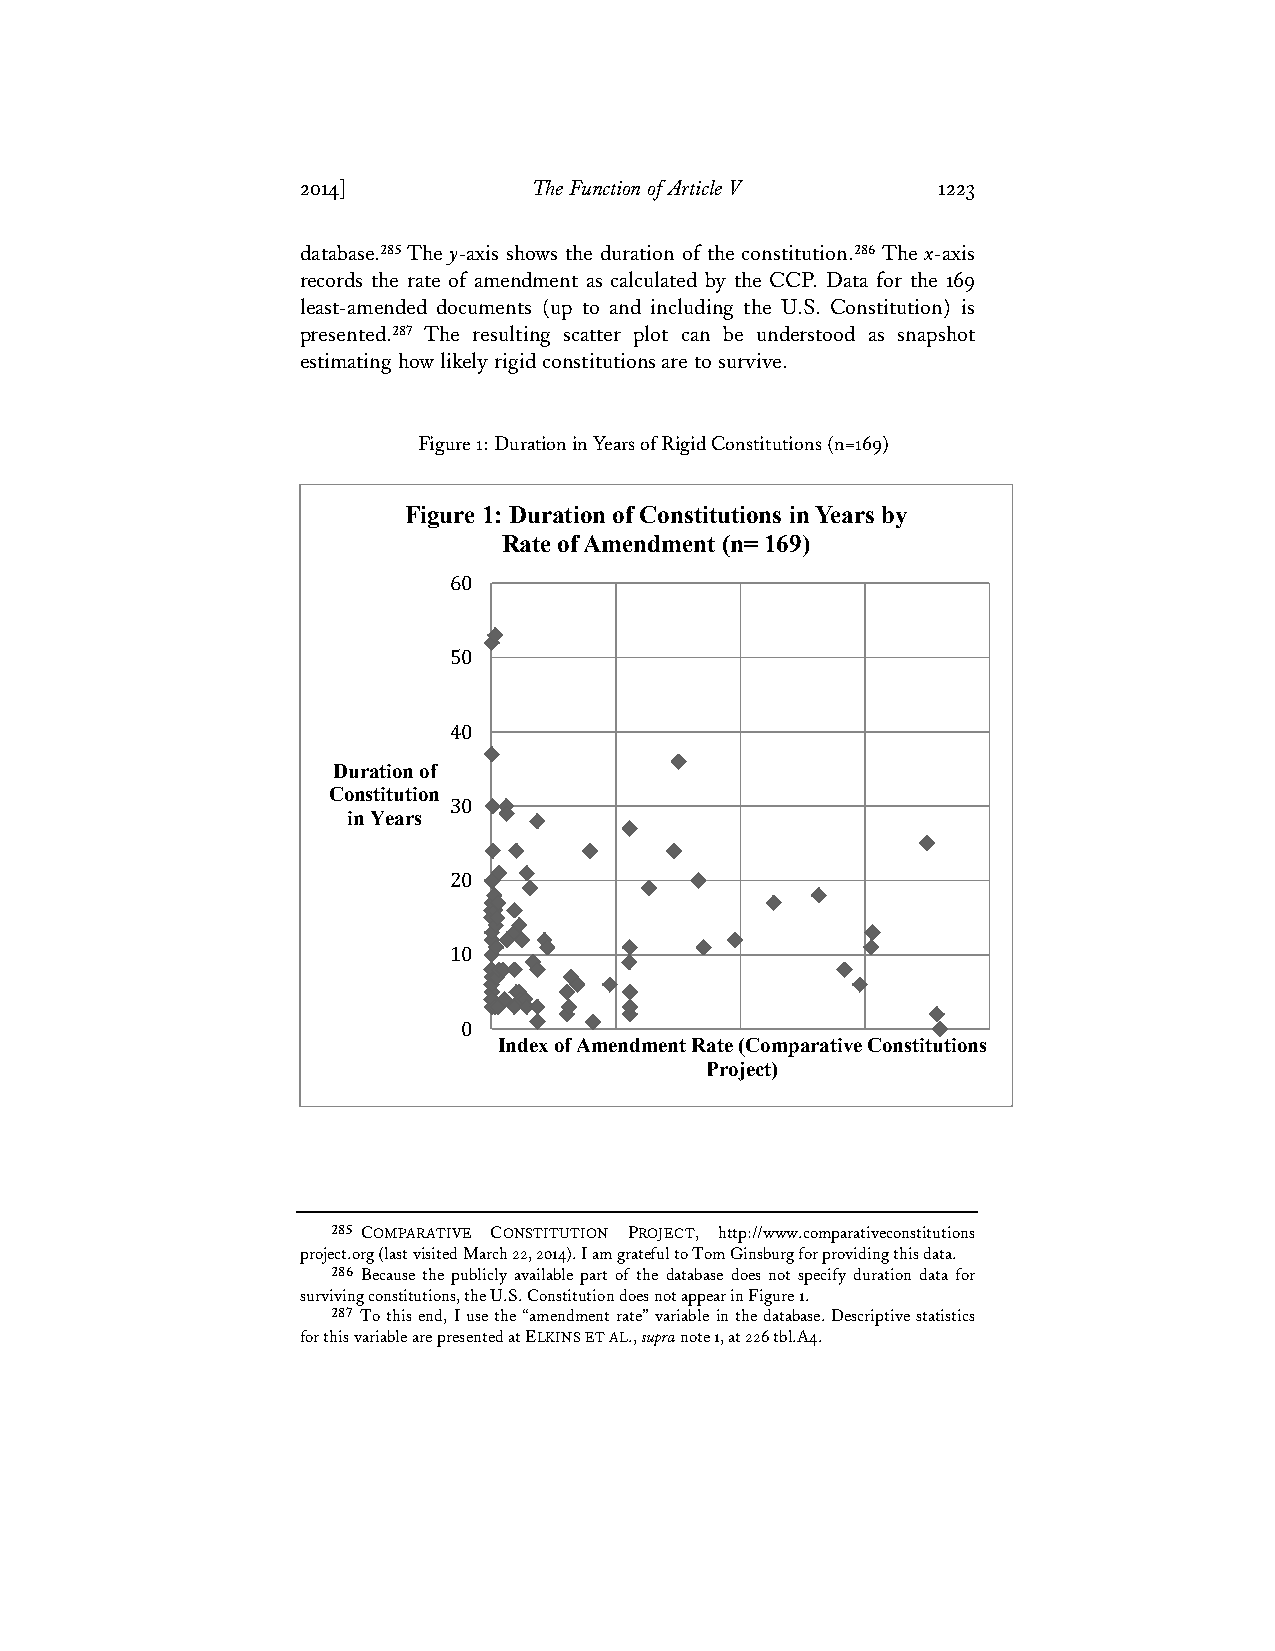
2014]          The Function of Article V  1223
 database.285 The y-axis shows the duration of the constitution.286 The x-axis
 records the rate of amendment as calculated by the CCP. Data for the 169
 least-amended documents (up to and including the U.S. Constitution) is
 presented.287 The resulting scatter plot can be understood as snapshot
 estimating how likely rigid constitutions are to survive.
 Figure 1: Duration in Years of Rigid Constitutions (n=169)
 Figure 1: Duration of Constitutions in Years by
 Rate of Amendment (n= 169)
 60
 50
 40
 Duration of
 Constitution
 30
 in Years
 20
 10
 0
 Index of Amendment Rate (Comparative Constitutions
 Project)
 285 COMPARATIVE CONSTITUTION PROJECT, http://www.comparativeconstitutions
 project.org (last visited March 22, 2014). I am grateful to Tom Ginsburg for providing this data.
 286 Because the publicly available part of the database does not specify duration data for
 surviving constitutions, the U.S. Constitution does not appear in Figure 1.
 287 To this end, I use the “amendment rate” variable in the database. Descriptive statistics
 for this variable are presented at ELKINS ET AL., supra note 1, at 226 tbl.A4.